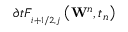
\partial t F _ { _ { i + 1 / 2 , j } } ^ { { } } \left( { { \mathbf { W } } ^ { n } } , { { t } _ { n } } \right)